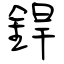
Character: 銲